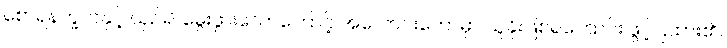
စောရနက္ခတ်နှင့် ယှဉ်၍ မွေးဖွားသောကြောင့် အလောင်းတော်မှာ သူခိုးဖြစ်ရကြောင်း ဖွင့်ပြထား၏။